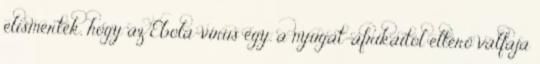
elismerték, hogy az Ebola-vírus egy, a nyugat-afrikaitól eltérő válfaja